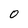
Character: 0